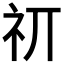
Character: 𰧮